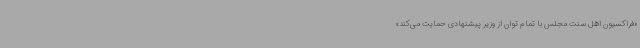
«فراکسیون اهل سنت مجلس با تمام توان از وزیر پیشنهادی حمایت می‌کند»